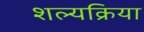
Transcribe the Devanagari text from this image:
शल्‍यक्रिया